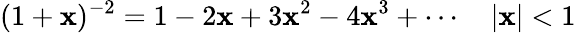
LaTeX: (1+\mathbf{x})^{-2}=1-2\mathbf{x}+3\mathbf{x}^{2}-4\mathbf{x}^{3}+\cdots\quad|\mathbf{x}|<1